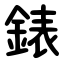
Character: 錶